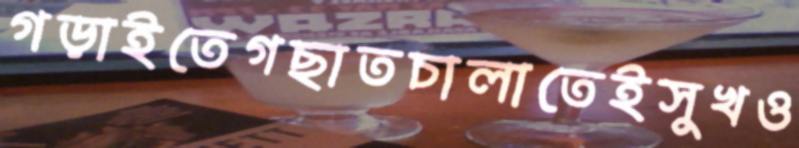
গড়াইতেগছাতচালাতেইসুখও